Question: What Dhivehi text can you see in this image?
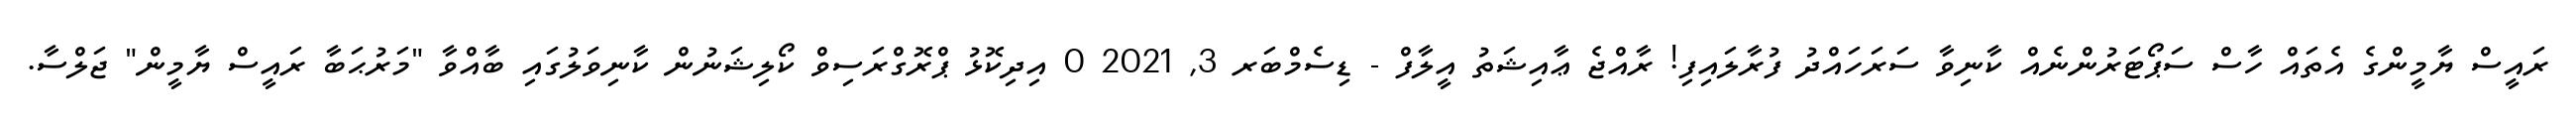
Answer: ރައީސް ޔާމީންގެ އެތައް ހާސް ސަޕޯޓަރުންނެއް ކާނިވާ ސަރަހައްދު ފުރާލައިފި! ރާއްޖެ ޢާއިޝަތު އީލާފް - ޑިސެމްބަރ 3, 2021 0 އިދިކޮޅު ޕްރޮގްރަސިވް ކޯލިޝަނުން ކާނިވަލުގައި ބާއްވާ "މަރުޙަބާ ރައީސް ޔާމީން" ޖަލްސާ.